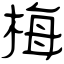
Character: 梅